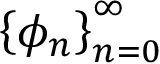
\left\{ \phi _ { n } \right\} _ { n = 0 } ^ { \infty }